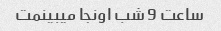
ساعت 9 شب اونجا میبینمت